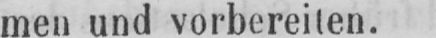
men und vorbereiten.